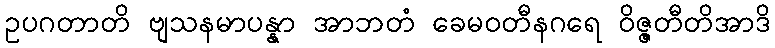
ဥပဂတာတိ ဗျသနမာပန္နာ အာဘတံ ခေမဝတီနဂရေ ဝိဇ္ဇတီတိအာဒိ